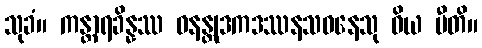
သုခံ။ ကန္တာရခိန္နဿ ဝနန္တုဒကဒဿနသဝနေသု ဝိယ ပီတိ။